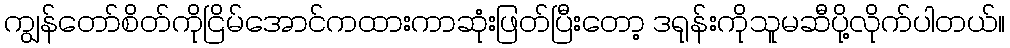
ကျွန်တော်စိတ်ကိုငြိမ်အောင်ကထားကာဆုံးဖြတ်ပြီးတော့ ဒရုန်းကိုသူမဆီပို့လိုက်ပါတယ်။